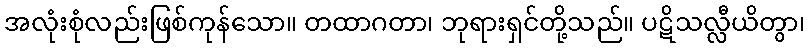
အလုံးစုံလည်းဖြစ်ကုန်သော။ တထာဂတာ၊ ဘုရားရှင်တို့သည်။ ပဋိသလ္လီယိတွာ၊